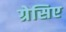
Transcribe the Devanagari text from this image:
ग्रेसिए